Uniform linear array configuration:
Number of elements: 12
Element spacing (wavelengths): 0.5
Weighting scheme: hamming
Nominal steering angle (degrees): -45
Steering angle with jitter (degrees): -45.894
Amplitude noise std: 0.05
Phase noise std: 0.05

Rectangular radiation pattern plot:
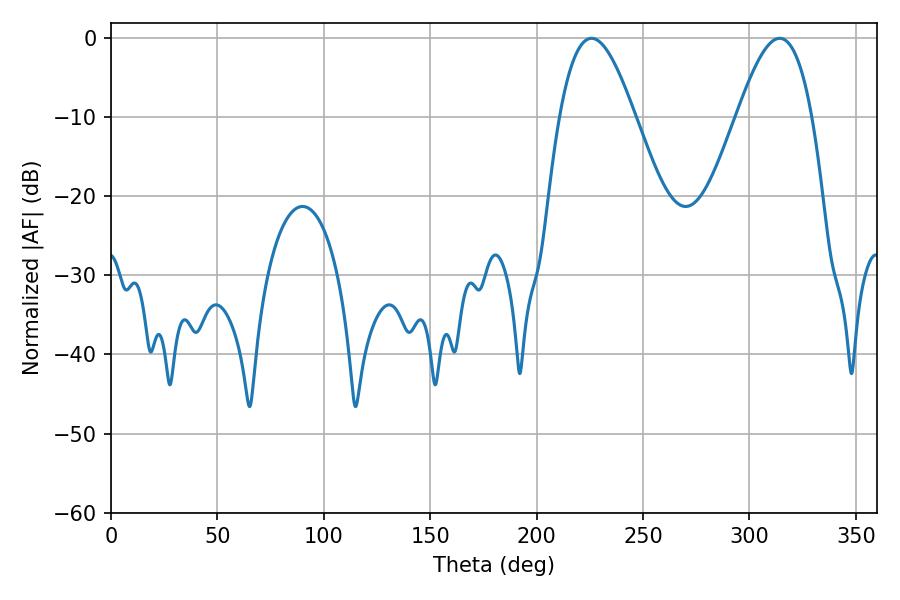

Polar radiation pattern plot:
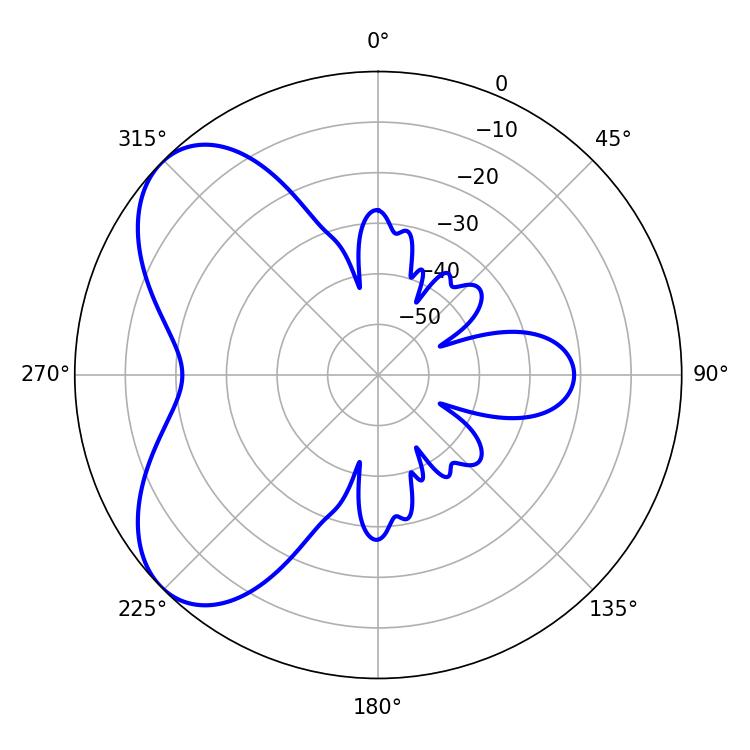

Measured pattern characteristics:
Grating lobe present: FALSE
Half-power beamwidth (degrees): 19.08
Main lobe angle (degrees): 225.72